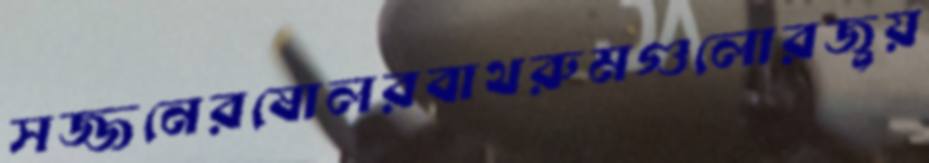
সজ্জনেরষোলরবাথরুমগুলোরজুয়